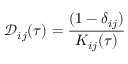
\mathcal { D } _ { i j } ( \tau ) = \frac { ( 1 - \delta _ { i j } ) } { K _ { i j } ( \tau ) }